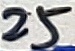
Text: 25